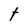
Character: t